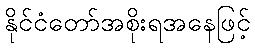
နိုင်ငံတော်အစိုးရအနေဖြင့်